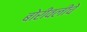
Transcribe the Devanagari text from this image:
बोरीवलीचे